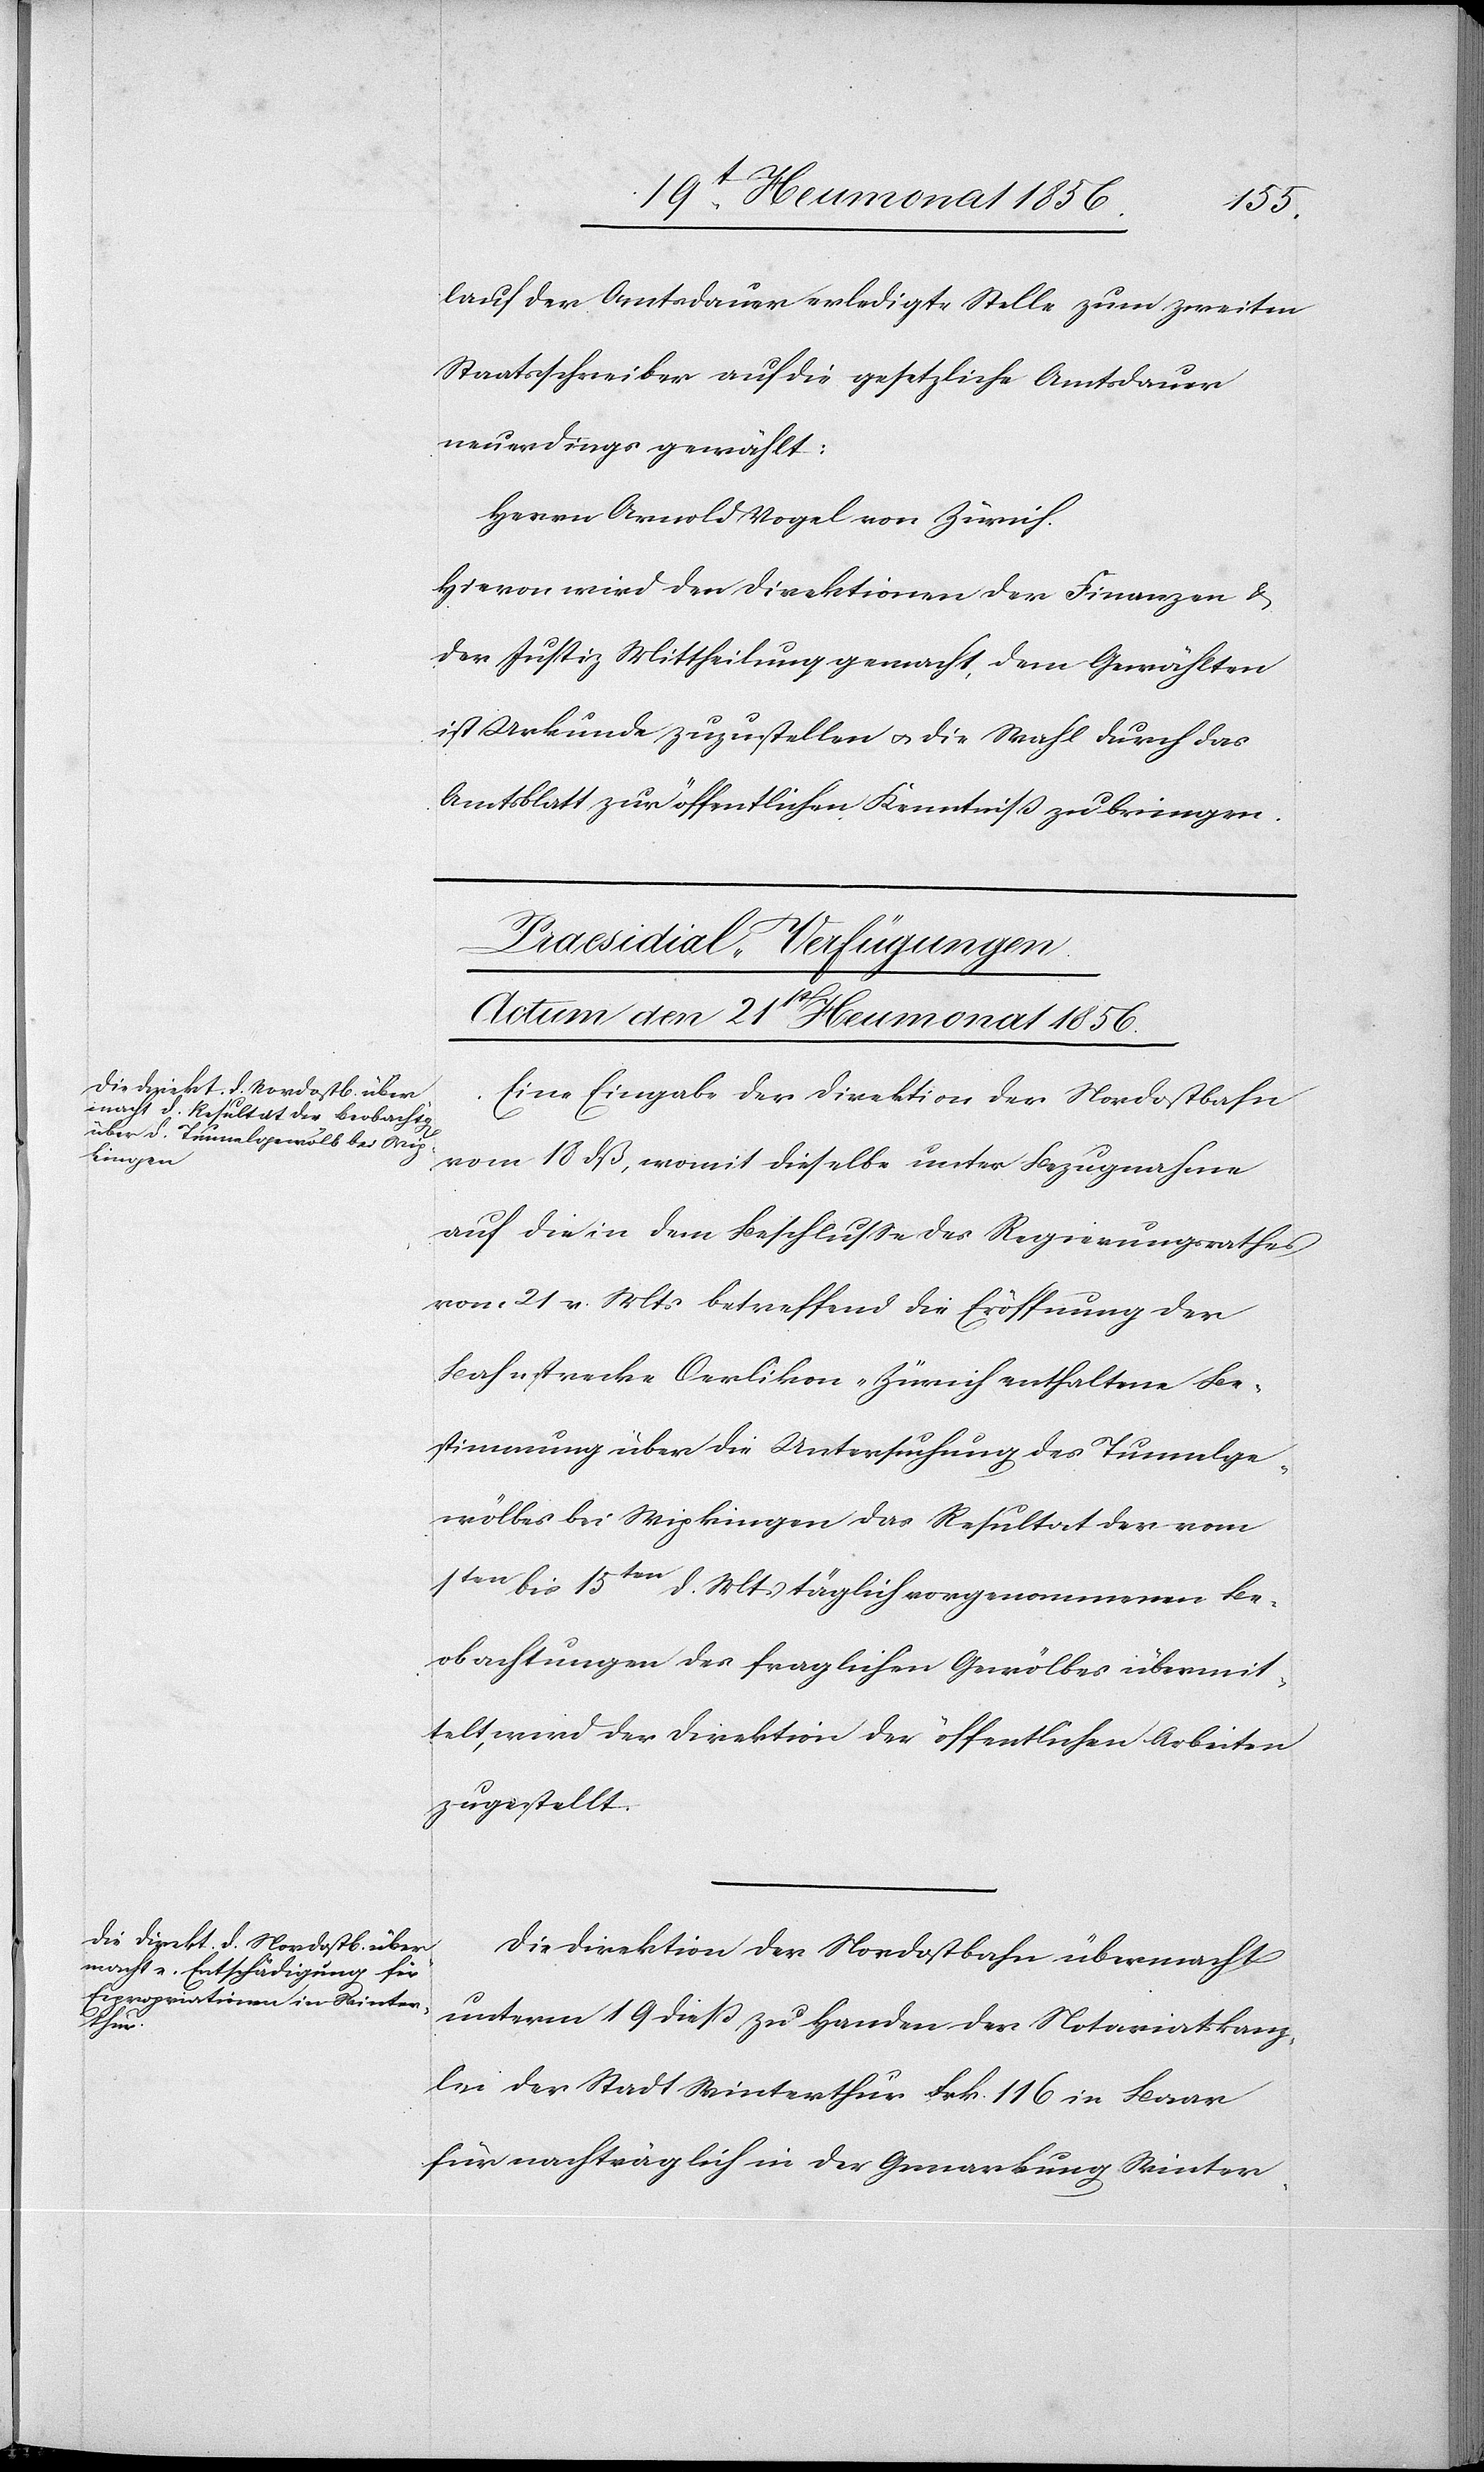
lauf der Amtsdauer erledigte Stelle zum zweiten
Staatsschreiber auf die gesetzliche Amtsdauer
neuerdings gewählt:
Herrn Arnold Vogel von Zürich.
Hievon wird den Direktionen der Finanzen &
der Justiz Mittheilung gemacht, dem Gewählten
ist Urkunde zuzustellen u. die Wahl durch das
Amtsblatt zur öffentlichen Kenntniß zu bringen.
[Praesidial-Verfügungen.
Actum den 21st Heumonat 1856.]
Eine Eingabe der Direktion der Nordostbahn
vom 18 dß, womit dieselbe unter Bezugnahme
auf die in dem Beschlusse des Regierungsrathes
vom 21 v. Mts betreffend die Eröffnung der
Bahnstrecke Oerlikon-Zürich enthaltene Be¬
stimmung über die Untersuchung des Tunnelge¬
wölbes bei Wipkingen das Resultat der vom
1ten bis 15ten d. Mts täglich vorgenommenen Be¬
obachtungen des fraglichen Gewölbes übermit¬
telt, wird der Direktion der öffentlichen Arbeiten
zugestellt.
Die Direktion der Nordostbahn übermacht
unterm 19 diess zu Handen der Notariatkanz¬
lei der Stadt Winterthur Frk. 116 in Baar
für nachträglich in der Gemarkung Winter-